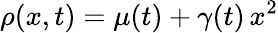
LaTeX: \rho(x,t)=\mu(t)+\gamma(t)\, x^{2}